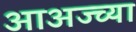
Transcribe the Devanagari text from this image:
आअज्च्या